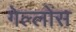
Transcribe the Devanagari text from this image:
गेल्लोंस